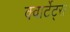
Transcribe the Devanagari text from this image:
क्वार्टेट्स